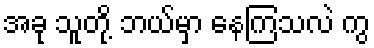
အခု သူတို့ ဘယ်မှာ နေကြသလဲ ကွ